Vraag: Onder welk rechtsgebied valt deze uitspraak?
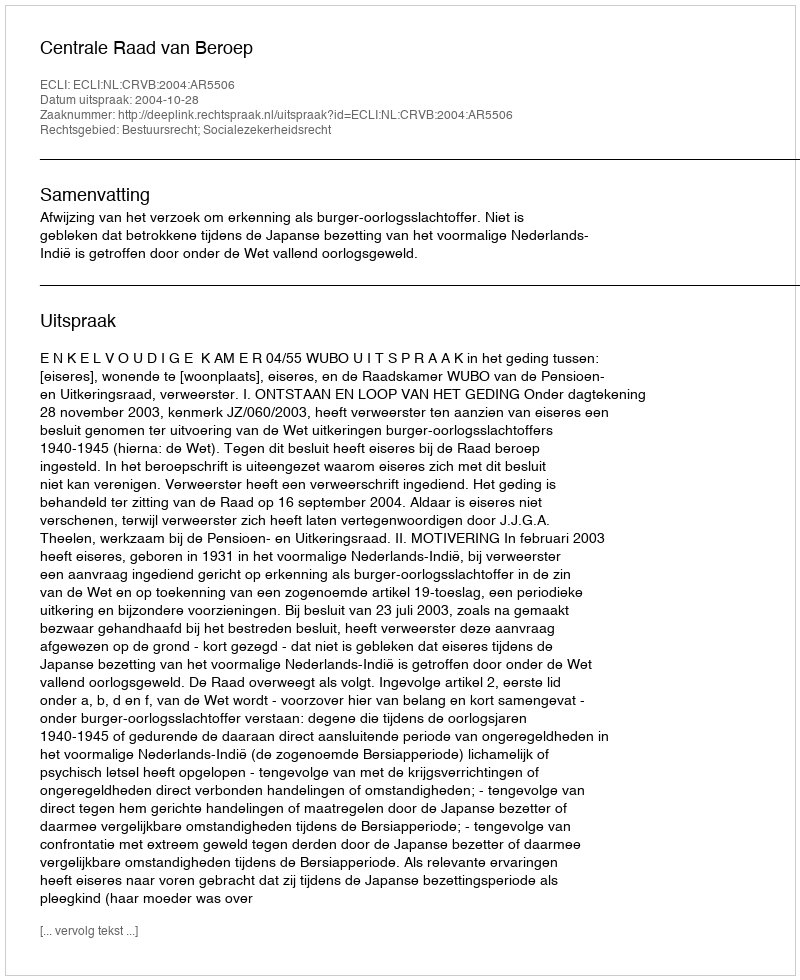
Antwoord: Bestuursrecht; Socialezekerheidsrecht